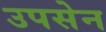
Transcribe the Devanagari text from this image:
उपसेन